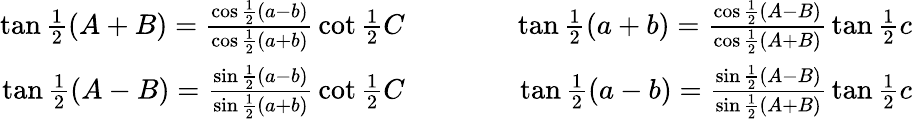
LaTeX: {\begin{array}{rlr}{\tan{\frac{1}{2}}(A+B)={\frac{\cos{\frac{1}{2}}(a-b)}{\cos{\frac{1}{2}}(a+b)}}\cot{\frac{1}{2}}C}&{\qquad}&{\tan{\frac{1}{2}}(a+b)={\frac{\cos{\frac{1}{2}}(A-B)}{\cos{\frac{1}{2}}(A+B)}}\tan{\frac{1}{2}}c}\\ {\tan{\frac{1}{2}}(A-B)={\frac{\sin{\frac{1}{2}}(a-b)}{\sin{\frac{1}{2}}(a+b)}}\cot{\frac{1}{2}}C}&{\qquad}&{\tan{\frac{1}{2}}(a-b)={\frac{\sin{\frac{1}{2}}(A-B)}{\sin{\frac{1}{2}}(A+B)}}\tan{\frac{1}{2}}c}\end{array}}